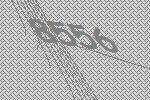
8556